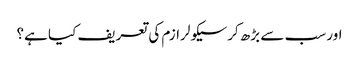
اور سب سے بڑھ کرسیکولرازم کی تعریف کیا ہے؟